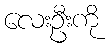
လေးဦးကို